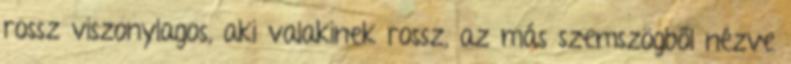
rossz viszonylagos, aki valakinek rossz, az más szemszögből nézve